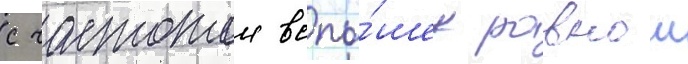
с частотои вспы́шек равнои